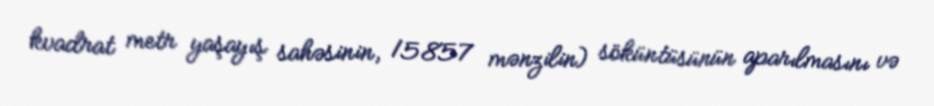
kvadrat metr yaşayış sahəsinin, 15857 mənzilin) söküntüsünün aparılmasını və